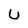
Character: U